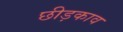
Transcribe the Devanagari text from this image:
छीड़काव